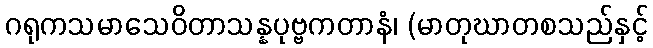
ဂရုကသမာသေဝိတာသန္နပုဗ္ဗကတာနံ၊ (မာတုဃာတစသည်နှင့်